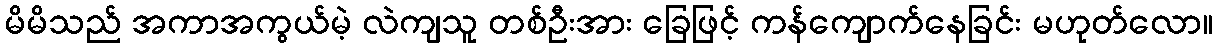
မိမိသည် အကာအကွယ်မဲ့ လဲကျသူ တစ်ဦးအား ခြေဖြင့် ကန်ကျောက်နေခြင်း မဟုတ်လော။